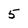
Character: 5